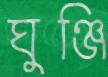
ঘুঞ্জি